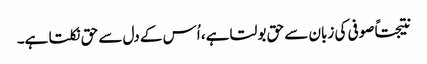
نتیجتاً صوفی کی زبان سے حق بولتا ہے، اُس کے دل سے حق نکلتا ہے۔